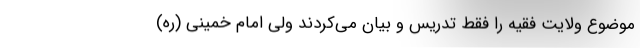
موضوع ولایت فقیه را فقط تدریس و بیان می‌کردند ولی امام خمینی (ره)